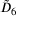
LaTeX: { \tilde { D } } _ { 6 }